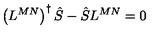
\left( L ^ { M N } \right) ^ { \dagger } \hat { S } - \hat { S } L ^ { M N } = 0